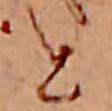
と